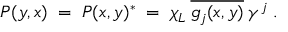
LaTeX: P ( y , x ) \; = \; P ( x , y ) ^ { * } \; = \; \chi _ { L } \: \overline { { { g _ { j } ( x , y ) } } } \: \gamma ^ { j } \; .